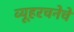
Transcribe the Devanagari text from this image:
व्यूहरचनेचे